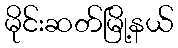
မိုင်းဆတ်မြို့နယ်